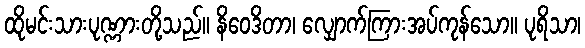
ထိုမင်းသားပုဏ္ဏားတို့သည်။ နိဝေဒိတာ၊ လျှောက်ကြားအပ်ကုန်သော။ ပုရိသာ၊